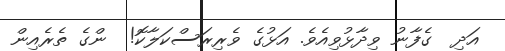
އަދި  ގެފާނު ވިދާޅުވިއެވެ. އަޅުގެ ވެރިރަސްކަލާކޮ!  ންގެ ތެރެއިން